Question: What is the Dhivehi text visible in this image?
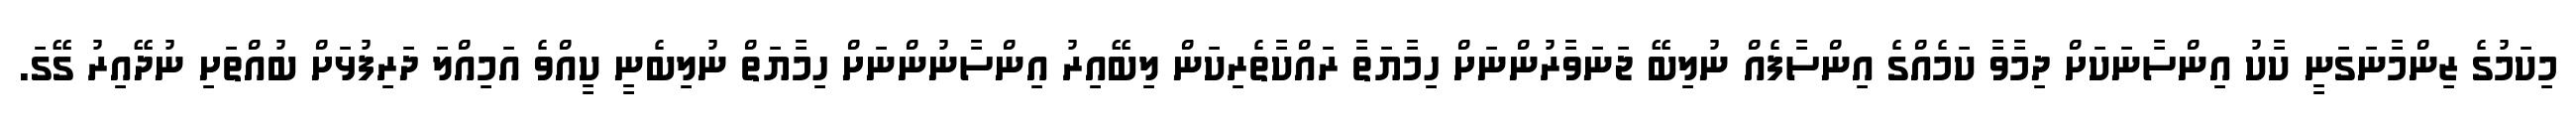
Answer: މިކަމުގެ ޒިންމާނަގަނީ ކާކު އިންސާނަކަށް ދިމާވާ ކަމެއްގެ އިންސާފެއް ނުލިބޭ ޖަނަވާރުންނަށް ހިމާޔަތާ ރައްކާތެރިކަން ލިބޭއިރު އިންސާނުންނަށް ހިމާޔަތް ނުލިބެނީ ކީއްވެ އަމިއްލަ ދަރިފުޅަށް ބުއްތަށި ނުދޭއިރު ގޭގަ.